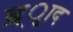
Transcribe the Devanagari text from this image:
ख़्ुाद